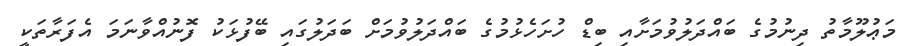
މަޢުލޫމާތު ދިނުމުގެ ބައްދަލުވުމަށާއި ބިޑް ހުށަހެޅުމުގެ ބައްދަލުވުމަށް ބަދަލުގައި ބޭފުޅަކު ފޮނުއްވާނަމަ އެފަރާތަކީ